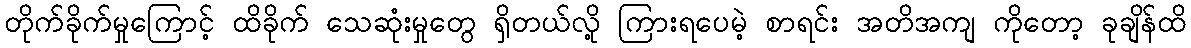
တိုက်ခိုက်မှုကြောင့် ထိခိုက် သေဆုံးမှုတွေ ရှိတယ်လို့ ကြားရပေမဲ့ စာရင်း အတိအကျ ကိုတော့ ခုချိန်ထိ